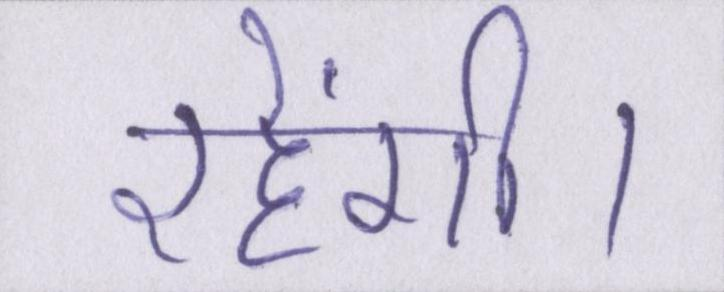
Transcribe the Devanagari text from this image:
रहेंगी।